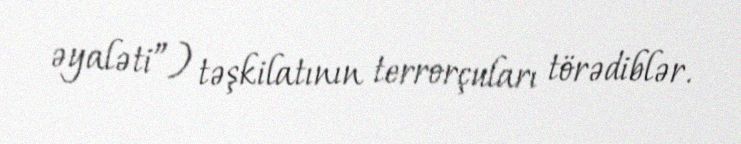
əyaləti”) təşkilatının terrorçuları törədiblər.